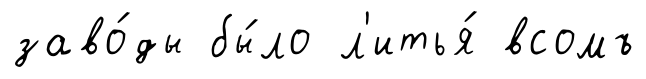
заво́ды бы́ло л'итья́ всомъ